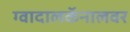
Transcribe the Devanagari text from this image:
ग्वादालकॅनालवर